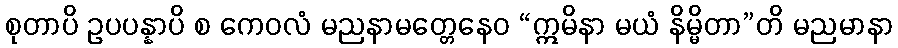
စုတာပိ ဥပပန္နာပိ စ ကေဝလံ မညနာမတ္တေနေဝ “ဣမိနာ မယံ နိမ္မိတာ”တိ မညမာနာ